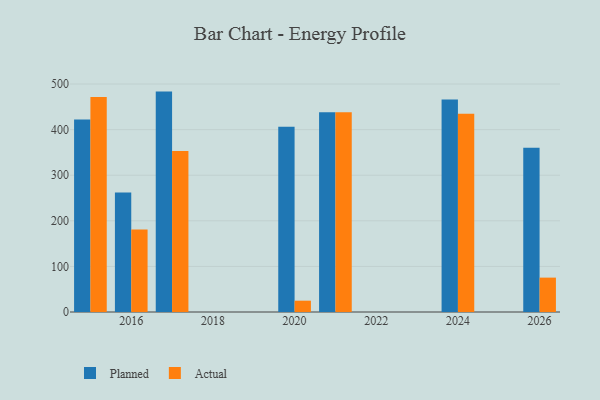
{"axis": {"x": "Year", "y": "Customer Acquisition Cost (USD)"}, "legend": ["Actual", "Planned"], "data": [{"x": "2015", "y": 422.3, "type": "Planned"}, {"x": "2015", "y": 471.3, "type": "Actual"}, {"x": "2026", "y": 360.2, "type": "Planned"}, {"x": "2026", "y": 75.4, "type": "Actual"}, {"x": "2016", "y": 262.2, "type": "Planned"}, {"x": "2016", "y": 180.9, "type": "Actual"}, {"x": "2024", "y": 466.0, "type": "Planned"}, {"x": "2024", "y": 434.6, "type": "Actual"}, {"x": "2021", "y": 438.1, "type": "Planned"}, {"x": "2021", "y": 438.2, "type": "Actual"}, {"x": "2020", "y": 406.5, "type": "Planned"}, {"x": "2020", "y": 24.8, "type": "Actual"}, {"x": "2017", "y": 483.4, "type": "Planned"}, {"x": "2017", "y": 353.2, "type": "Actual"}]}